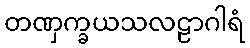
တဏှက္ခယသလဠာဂါရံ